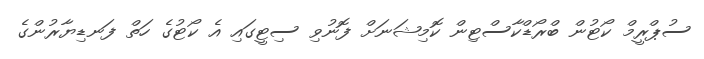
ސުޕްރީމް ކޯޓުން ބްރޯޑްކާސްޓިން ކޮމިޝަނަށް ފޮނުވި ސިޓީގައި އެ ކޯޓުގެ ހަތް ފަނޑިޔާރުންގެ